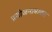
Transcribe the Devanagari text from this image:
प्रयोजनाबाबत